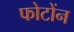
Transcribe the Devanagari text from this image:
फोटोंन